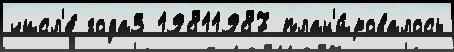
числ'е́ года3 19811987 план'и́ровалось